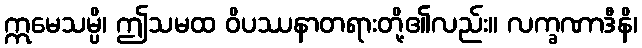
ဣမေသမ္ပိ၊ ဤသမထ ဝိပဿနာတရားတို့၏လည်း။ လက္ခဏာဒီနိ၊